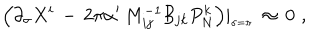
LaTeX: \Big ( \partial _ { \sigma } X ^ { i } \, - \, 2 \pi \alpha ^ { \prime } \, M _ { i j } ^ { - 1 } { \cal B } _ { j k } P _ { N } ^ { k } \Big ) \vert _ { _ { \sigma = \pi } } \, \approx \, 0 \, \, ,